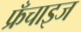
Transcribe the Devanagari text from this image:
फ्रँचाइज